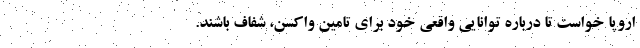
اروپا خواست تا درباره توانایی واقعی خود برای تامین واکسن، شفاف باشند.